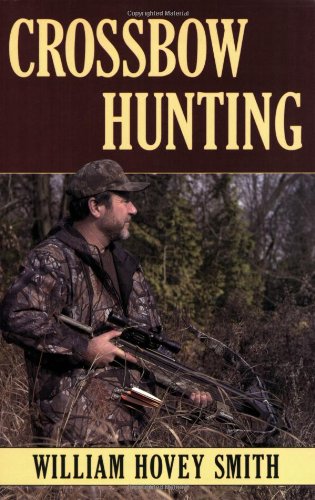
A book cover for Crossbow Hunting; William Hovey Smith; Sports & Outdoors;